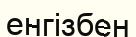
енгізбен